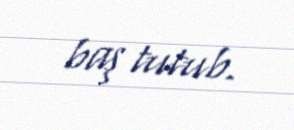
baş tutub.